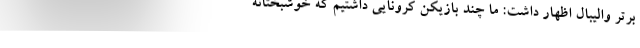
برتر والیبال اظهار داشت: ما چند بازیکن کرونایی داشتیم که خوشبختانه